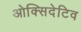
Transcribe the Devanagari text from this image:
ओक्सिदेटिव